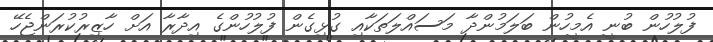
ފުލުހުން ބުނީ އެމީހުން ބަލަމުންދާ މަސައްލަތަކާއި ގުޅިގެން ފުލުހުންގެ އިދާރާ އަށް ހާޒިރުކުރަންޖެހޭ